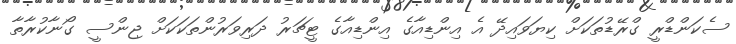
ސެކަންޑްރީ ގްރޭޑުތަކަަށް ކިޔަވައިދޭ އެ އިންޑިއާގެ އިންޑިއާގެ ޓީޗަރު ދަރިވަރުންތަކަކަށް ޖިންސީ ގޯނާކުރާތާ